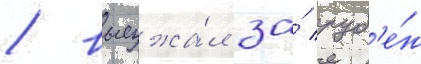
/ выезжа́л за́ руб'е́ж